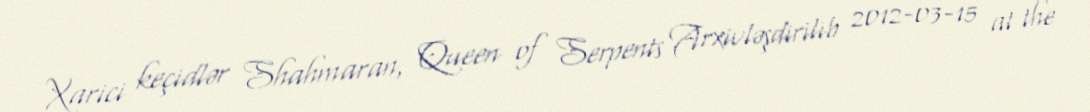
Xarici keçidlər Shahmaran, Queen of Serpents Arxivləşdirilib 2012-03-15 at the